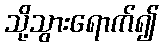
သို့သွားရောက်၍